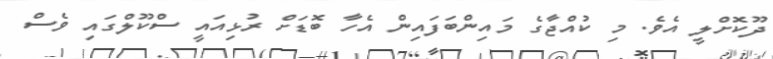
ދޫކޮށްލީ އެވެ. މި ކުއްޖާގެ މައިންބަފައިން އެހާ ބޮޑަށް ރުޅިއައީ ސްކޫލްގައި ވެސް